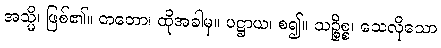
အသ္မိ၊ ဖြစ်၏။ တတော၊ ထိုအခါမှ။ ပဋ္ဌာယ၊ စ၍။ သဉ္စိစ္စ၊ သေလိုသော